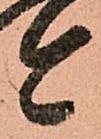
今